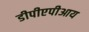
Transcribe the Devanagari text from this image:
डीपीएपीआय